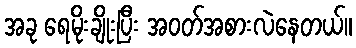
အခု ရေမိုးချိုးပြီး အဝတ်အစားလဲနေတယ်။